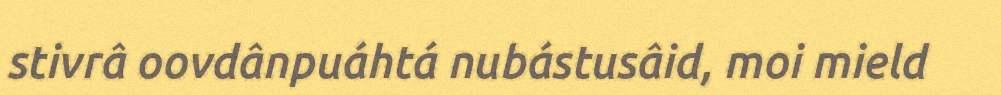
stivrâ oovdânpuáhtá nubástusâid, moi mield